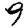
Digit: 9